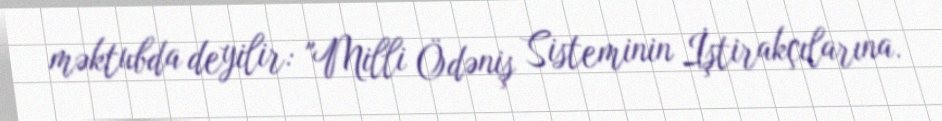
məktubda deyilir: "Milli Ödəniş Sisteminin İştirakçılarına.